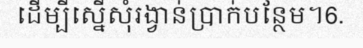
ដើម្បីស្នើសុំរង្វាន់ប្រាក់បន្ថែម។6.